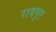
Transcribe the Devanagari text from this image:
रायपुए